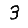
Digit: 3